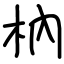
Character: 枘